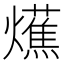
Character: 爑